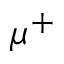
\mu ^ { + }